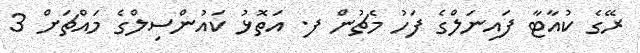
ރޭގެ ކުއާޓާ ފައިނަލްގެ ފަހު މެޗުން ފ. އަތޮޅު ކައުންސިލްގެ މައްޗަށް 3